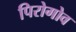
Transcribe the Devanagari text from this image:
पिरोगोव